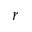
r